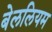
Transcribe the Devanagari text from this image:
बेललियम